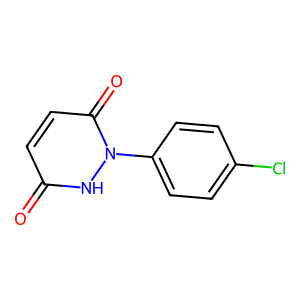
SMILES: O=c1ccc(=O)n(-c2ccc(Cl)cc2)[nH]1
Inhibits HIV replication: No